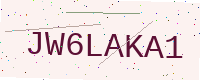
Text: JW6LAKA1